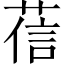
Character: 𦴩